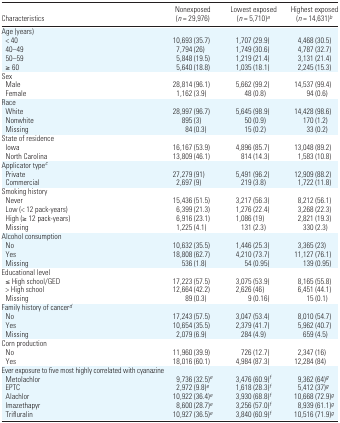
<table><thead><tr><td><b>Characteristics</b></td><td><b>Nonexposed (<i>n</i> = 29,976)</b></td><td><b>Lowest exposed (<i>n</i> = 5,710)a</b></td><td><b>Highest exposed (<i>n</i> = 14,631)b</b></td></tr></thead><tbody><tr><td colspan="4">Age (years)</td></tr><tr><td> &lt; 40</td><td>10,693 (35.7)</td><td>1,707 (29.9)</td><td>4,468 (30.5)</td></tr><tr><td> 40–49</td><td>7,794 (26)</td><td>1,749 (30.6)</td><td>4,787 (32.7)</td></tr><tr><td> 50–59</td><td>5,848 (19.5)</td><td>1,219 (21.4)</td><td>3,131 (21.4)</td></tr><tr><td> ≥ 60</td><td>5,640 (18.8)</td><td>1,035 (18.1)</td><td>2,245 (15.3)</td></tr><tr><td colspan="4">Sex</td></tr><tr><td> Male</td><td>28,814 (96.1)</td><td>5,662 (99.2)</td><td>14,537 (99.4)</td></tr><tr><td> Female</td><td>1,162 (3.9)</td><td>48 (0.8)</td><td>94 (0.6)</td></tr><tr><td colspan="4">Race</td></tr><tr><td> White</td><td>28,997 (96.7)</td><td>5,645 (98.9)</td><td>14,428 (98.6)</td></tr><tr><td> Nonwhite</td><td>895 (3)</td><td>50 (0.9)</td><td>170 (1.2)</td></tr><tr><td> Missing</td><td>84 (0.3)</td><td>15 (0.2)</td><td>33 (0.2)</td></tr><tr><td colspan="4">State of residence</td></tr><tr><td> Iowa</td><td>16,167 (53.9)</td><td>4,896 (85.7)</td><td>13,048 (89.2)</td></tr><tr><td> North Carolina</td><td>13,809 (46.1)</td><td>814 (14.3)</td><td>1,583 (10.8)</td></tr><tr><td colspan="4">Applicator typec</td></tr><tr><td> Private</td><td>27,279 (91)</td><td>5,491 (96.2)</td><td>12,909 (88.2)</td></tr><tr><td> Commercial</td><td>2,697 (9)</td><td>219 (3.8)</td><td>1,722 (11.8)</td></tr><tr><td colspan="4">Smoking history</td></tr><tr><td> Never</td><td>15,436 (51.5)</td><td>3,217 (56.3)</td><td>8,212 (56.1)</td></tr><tr><td> Low (&lt; 12 pack-years)</td><td>6,399 (21.3)</td><td>1,276 (22.4)</td><td>3,268 (22.3)</td></tr><tr><td> High (≥ 12 pack-years)</td><td>6,916 (23.1)</td><td>1,086 (19)</td><td>2,821 (19.3)</td></tr><tr><td> Missing</td><td>1,225 (4.1)</td><td>131 (2.3)</td><td>330 (2.3)</td></tr><tr><td colspan="4">Alcohol consumption</td></tr><tr><td> No</td><td>10,632 (35.5)</td><td>1,446 (25.3)</td><td>3,365 (23)</td></tr><tr><td> Yes</td><td>18,808 (62.7)</td><td>4,210 (73.7)</td><td>11,127 (76.1)</td></tr><tr><td> Missing</td><td>536 (1.8)</td><td>54 (0.95)</td><td>139 (0.95)</td></tr><tr><td colspan="4">Educational level</td></tr><tr><td> ≤ High school/GED</td><td>17,223 (57.5)</td><td>3,075 (53.9)</td><td>8,165 (55.8)</td></tr><tr><td> &gt; High school</td><td>12,664 (42.2)</td><td>2,626 (46)</td><td>6,451 (44.1)</td></tr><tr><td> Missing</td><td>89 (0.3)</td><td>9 (0.16)</td><td>15 (0.1)</td></tr><tr><td colspan="4">Family history of cancerd</td></tr><tr><td> No</td><td>17,243 (57.5)</td><td>3,047 (53.4)</td><td>8,010 (54.7)</td></tr><tr><td> Yes</td><td>10,654 (35.5)</td><td>2,379 (41.7)</td><td>5,962 (40.7)</td></tr><tr><td> Missing</td><td>2,079 (6.9)</td><td>284 (4.9)</td><td>659 (4.5)</td></tr><tr><td colspan="4">Corn production</td></tr><tr><td> No</td><td>11,960 (39.9)</td><td>726 (12.7)</td><td>2,347 (16)</td></tr><tr><td> Yes</td><td>18,016 (60.1)</td><td>4,984 (87.3)</td><td>12,284 (84)</td></tr><tr><td colspan="4">Ever exposure to five most highly correlated with cyanazine</td></tr><tr><td> Metolachlor</td><td>9,736 (32.5)e</td><td>3,476 (60.9)f</td><td>9,362 (64)g</td></tr><tr><td> EPTC</td><td>2,972 (9.8)e</td><td>1,618 (28.3)f</td><td>5,412 (37)g</td></tr><tr><td> Alachlor</td><td>10,922 (36.4)e</td><td>3,930 (68.8)f</td><td>10,668 (72.9)g</td></tr><tr><td> Imazethapyr</td><td>8,600 (28.7)e</td><td>3,256 (57.0)f</td><td>8,939 (61.1)g</td></tr><tr><td> Trifluralin</td><td>10,927 (36.5)e</td><td>3,840 (60.9)f</td><td>10,516 (71.9)g</td></tr></tbody></table>